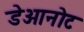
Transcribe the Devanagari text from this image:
डेओनोट